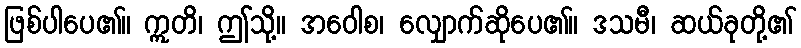
ဖြစ်ပါပေ၏။ ဣတိ၊ ဤသို့။ အဝေါစ၊ လျှောက်ဆိုပေ၏။ ဒသမီ၊ ဆယ်ခုတို့၏